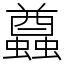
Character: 蠤